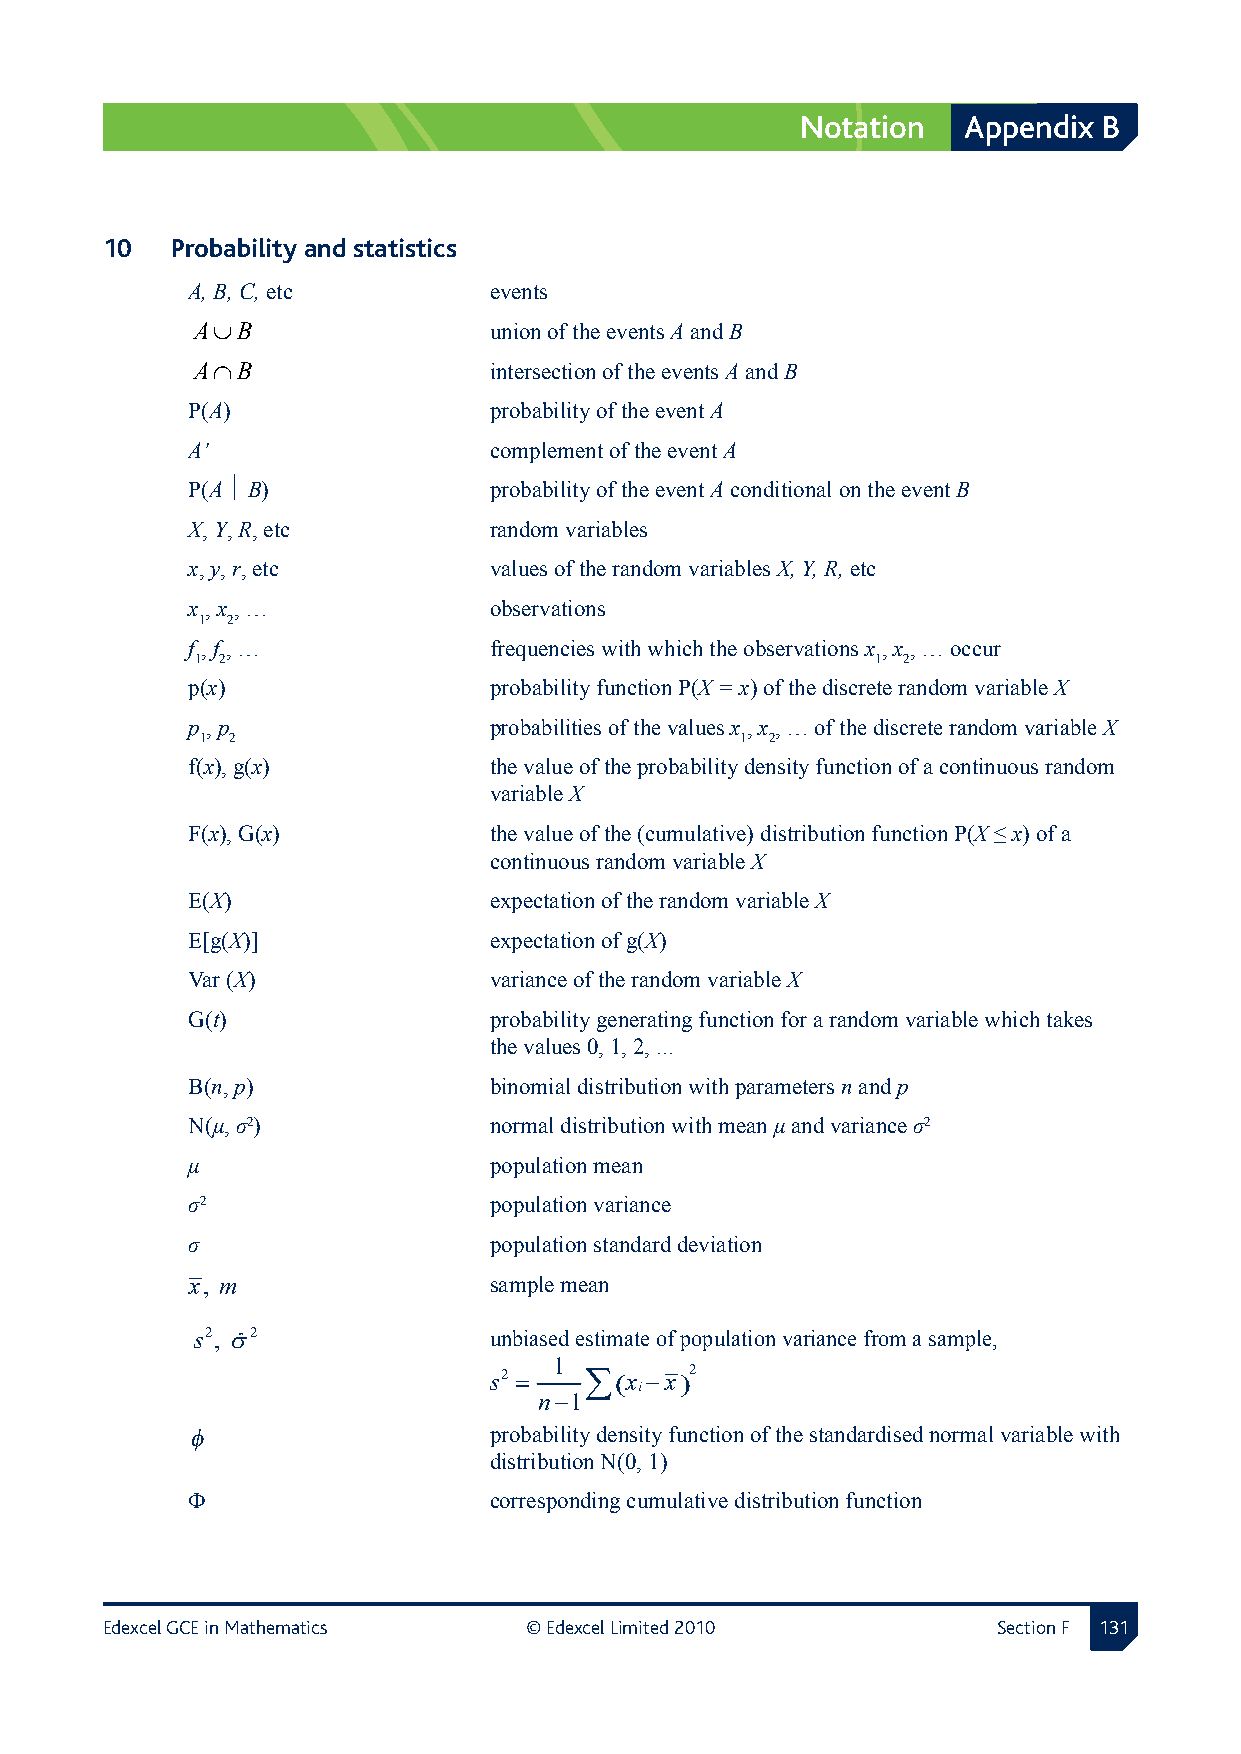
Notation   Appendix B
 10  Probability and statistics
 A, B, C, etc        events
 A∪B                union of the events A and B
 A∩B                intersection of the events A and B
 P(A)                probability of the event A
 A’                  complement of the event A
 P(A  B)            probability of the event A conditional on the event B
 X, Y, R, etc        random variables
 x, y, r, etc        values of the random variables X, Y, R, etc
 x , x , …           observations
 1 2
 f , f , …           frequencies with which the observations x , x , … occur
 1 2                                          1 2
 p(x)                probability function P(X = x) of the discrete random variable X
 p , p               probabilities of the values x , x , … of the discrete random variable X
 1 2                                 1 2
 f(x), g(x)          the value of the probability density function of a continuous random
 variable X
 F(x), G(x)          the value of the (cumulative) distribution function P(X ≤ x) of a
 continuous random variable X
 E(X)                expectation of the random variable X
 E[g(X)]             expectation of g(X)
 Var (X)             variance of the random variable X
 G(t)                probability generating function for a random variable which takes
 the values 0, 1, 2, ...
 B(n, p)             binomial distribution with parameters n and p
 N(μ, σ2)            normal distribution with mean μ and variance σ2
 μ                   population mean
 σ2                  population variance
 σ                   population standard deviation
 x, m               sample mean
 s2, σ2             unbiased estimate of population variance from a sample,
 1
 s2 =   ∑(x −x)2
 i
 n−1
 φ                   probability density function of the standardised normal variable with
 distribution N(0, 1)
 Φ                   corresponding cumulative distribution function
 Edexcel GCE in Mathematics  © Edexcel Limited 2010         Section F 11